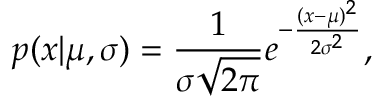
p ( x | \mu , \sigma ) = { \frac { 1 } { \sigma { \sqrt { 2 \pi } } } } e ^ { - { \frac { ( x - \mu ) ^ { 2 } } { 2 \sigma ^ { 2 } } } } ,